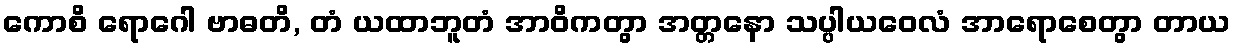
ကောစိ ရောဂေါ ဗာဓတိ, တံ ယထာဘူတံ အာဝိကတွာ အတ္တနော သပ္ပါယဝေလံ အာရောစေတွာ တာယ